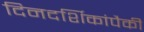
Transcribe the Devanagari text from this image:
दिनदर्शिकांपैकी